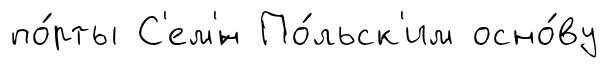
по́рты С'ем'́н По́льск'им осно́ву